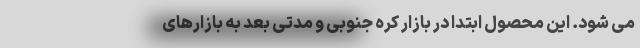
می شود. این محصول ابتدا در بازار کره جنوبی و مدتی بعد به بازارهای